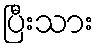
ပြီးသား